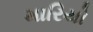
મારિયો